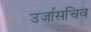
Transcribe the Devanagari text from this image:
उर्जासचिव